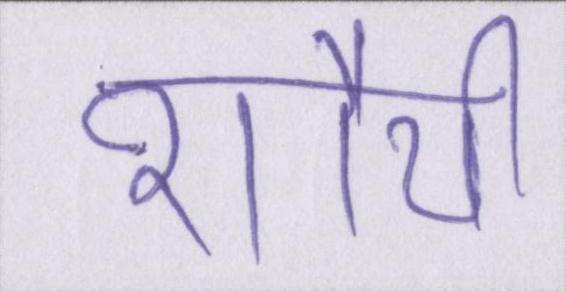
शौर्य